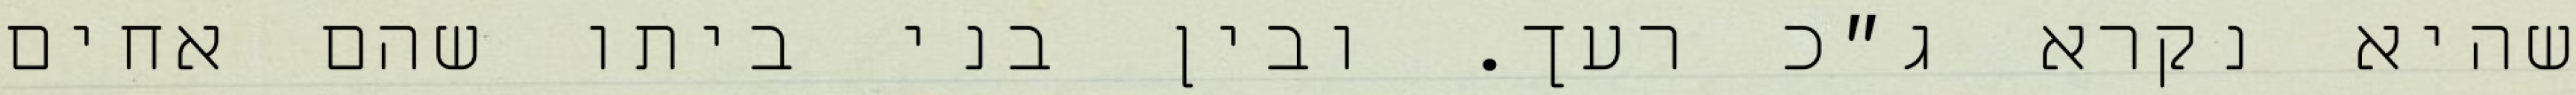
שהיא נקרא ג״כ רעך. ובין בני ביתו שהם אחים